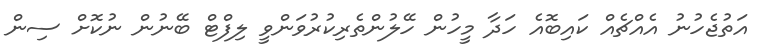
އަތުޖެހުނު އެއްޗެއް ކައިބޮއެ ހަދާ މީހުން ހޭލުންތެރިކުރުވަންވީ ލިފްޓް ބޭނުން ނުކޮށް ސިން